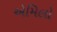
એમિલો